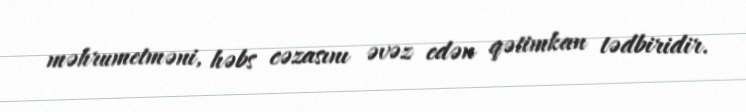
məhrumetməni, həbs cəzasını əvəz edən qətimkan tədbiridir.